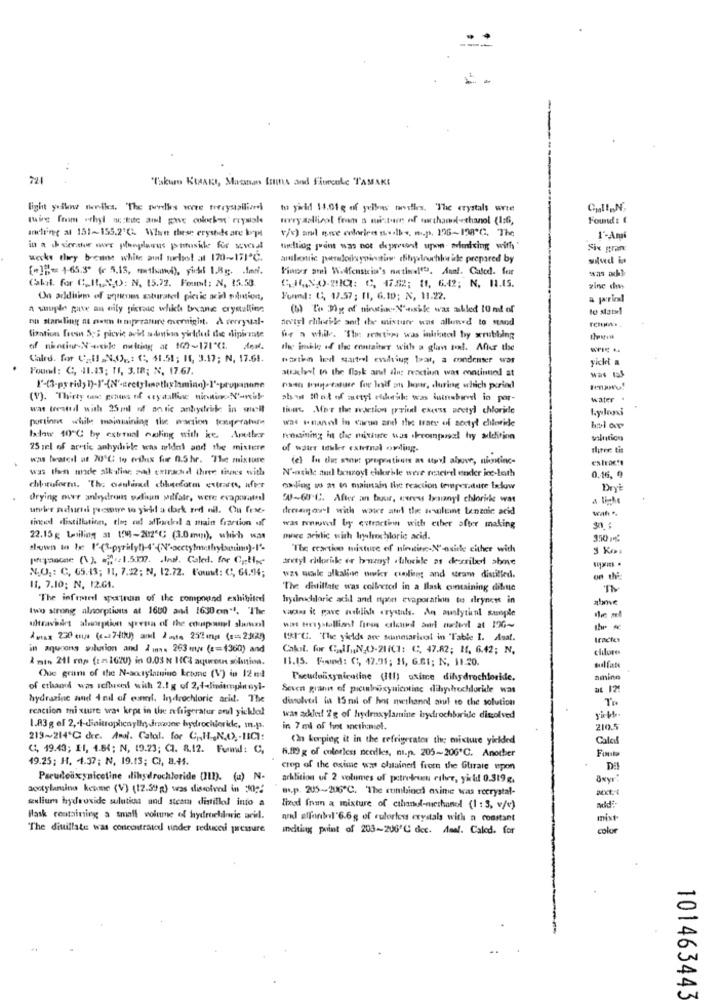
721
"Takur KIAARI, Maca fruits and Fitrente TAMAKE
light yellow wwwnikes, The porelkes were Frerystallian
tu yivid 11.01 g of yelboes tovilles. The crystals wie
ming from wthyl white amdl gave colockas" reysiale
worry apliivol fram s misture of northamd-ethanol (1:6,
Found : (
andlinee at 151~155.2'℃. When these erysode are loopt
v/s) and one celorico s.lbs. m.p. 126-198 ℃. The
1'-An
in a cheerstor nore pesplanus paraside for several
turchting print was not depresent upown. afacing with
Six gran
wecks they brenne white al suelo! at 170~171ª℃.
salud in
[+]]= 165.5" (r 5.13, mathand), yich 1.8g. . Im.
Pinces ami Wasfenstein's nutimelts. Aunt. Caled. for
(akit. for C_ It, ",0): N, 15.72. Found: N, 15.53.
CINO DIG: C, 1752; 11, 642; N. 11.15.
zinc dies
On addition of uquienes saturatedl pictic acid solution,
Ford: 0, 17.57; 11, 6.10; N, 11.22.
a suuple pase an oily perac which boxane crystalline
(b) Le Dig of ningin- N'asile war abled 10 ml of
na staruling at noen temperature overnight. A verryual-
nevtyl rheeile soit the mixture was allowed to stand
finntivas feesn SES picvic avid admin yielded the dipimte
fr a will. "The meanti was inkital by xrubbing
of nimin-N'aile nuking at 102-171"℃. dew.
the imble of the container with a glan to. After the
Calrd. for Cz:Il ,N.O .,: C, 41.51; If, 3.17; N, 17.61.
watha led statodl ending bar, a condenser was
yicki a
Found: C, 41.43; TI, 3.18; N, 17.67.
attached to the flask and ilu; reaction was continued at
wat taS
noen argerature for half an hour, during which period
(V). Thirty oss grams of veyaallac nicnino N'-nik-
sha Met of metyl eldheik: was ininebirvel in por-
water .
was treated with 25 ml of an tic anhydride in will
tiene MET the reaction pryin excess pretyl chloride
portinne while maintaining the eaction tooperate
wat inanel in caruso and the Iraty of soctyl chloride
bdow 40ºC by estoual caling with ic. Apeter
remaining in the misinte was .krompugal hy addition
solution
25 ml of arctic anhydrile was widal and the mistere
of water touker external ording-
flirer tis
was harareil ut 20 ℃ to erilux for 0.5hr. The mixture
(el In dus sint prepratiuns at utyvl above, niontinc-
extracts
was then made alk dine add extrachd three titanes with
N'-asidle aud benroyt chkohle were reacted ender icc-both
0.16, 9
dihruform. The coulisad cihanform estarts, ufer
calling au at in maintain the reaction temperature ixlow
DryÈ
Orying our anlaydrons waun wolfale, were evaporatedl
5-6℃. After an bour, cenew bysianyl chloride was
undhe's pourte pecome to yirad a dork rod nil. Ou frse-
dresag oryl with wait and the weileint Lentoic acid
sincesl distillation, tles od affortel a main fraction of
was ronwonel by extraction with etber after making
22.15 g boiling at 198-2025℃ (3.0mm), which was
mere acidic with loyalrochloric acid.
350
"The reaction mixture of nietine-N'-nuitle either with
pipande () =1.517. . Ind. Caled. for Cp-the
tretyl chloride or buznyt .haluchle as desriled abme
N.O .: C, 65.13; 11, 7.32; N, 12.72. Fout: (, 64.94;
was soile alkaline wwwky cooling and stram distilled.
or th
11. 7.10; N, 12.04.
The distillate was collected in a Ilask containing dibue
TN
"The infront sportrun of the compound exhibiter
hydrochloric acil and upon evaporation to dryness in
atme
two strong alsorptions at 1600 and 1630cm"'. The
varias it gave nublish crystals. An sualythnl sunple
addtravidet aluorption yrena of the couspanel shawnl
A max 230 co/x (Kalltku) and 2 mots 252 cmps ( === 2302)
URI"G. "The yields are sumesarivol in 'Table I. Asat.
in aqucons solution and 2 mw 263 mw ( == 1360) and
Cakil. for Call ,, N.O-21/C1: C. 47.82; 1f. 6.42; N.
chlore
& mis 211 mos ( := 1620) in 0.03 N 1C4 aqueous solution.
11.15. Found: C, 47.91; 11, 6.61; N. 11.20.
sulfate
Que gram of the N-aoctylamino ketone (V) in 12 md
Pseudoasynicotine (III) ssime dihydrochloride.
ninine
of ethanol was refluised with 2.1 g of 2,4-liniempitnyl-
Seven grann of picuibaxynicotine dihydrochloride was
at 12:
hydrazine and 4 mil of conel. hydrochloric acid. The
dissolved a 15 ml of hot nwthann! mul to the solution
reaction mixture was kept in the refrigerator and yickled
was achief 2g of hydroxylamine hydrochloride dissolved
1.83 g el 2, 1-dinitrophenylhydrazine hydrochloride, m.p.
in 7 ml of font anethaiel.
210.5
219~214℃ dec. Anul. Catal. for C ., H,N.() ,- BICI:
(2n kerping it in the refrigerator the mixture yielded
Caloif
CI, 19.43; II, 4.84; N, 19.23; CI. 8.12. Fund: C,
4.89 g of colorless neelles, ni.p. 205-206'℃. Another
49.25; H. 4.37; N, 19.13; C), B.44.
crop of the osime was chtainer from the Glirale upon
Pseudoäxyniceline dihydrochloride (III). (a) N-
arklition of 2 volumes of petrolrien cilvr, yild 0.319g.
acokylargina kcome (V) (12.39 g) was dissolved in 2022
m.p. 205-206"℃. "The combined asime was recrystal-
sulium hydroxide sulutis und steam distilled into a
thedd Inun a mixture of cthanol-methanol (1 :3, v/v)
Hlask containing a small volume of hydrochloric acid.
nel atfontel'6.6g of rulorless crystals with a constant
mist
The divillate was concentraud under reduced pressure
melting point of 203-206'℃ dec. Ama !. Caled. for
color
101463443